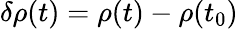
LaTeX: \delta\rho(t)=\rho(t)-\rho(t_{0})